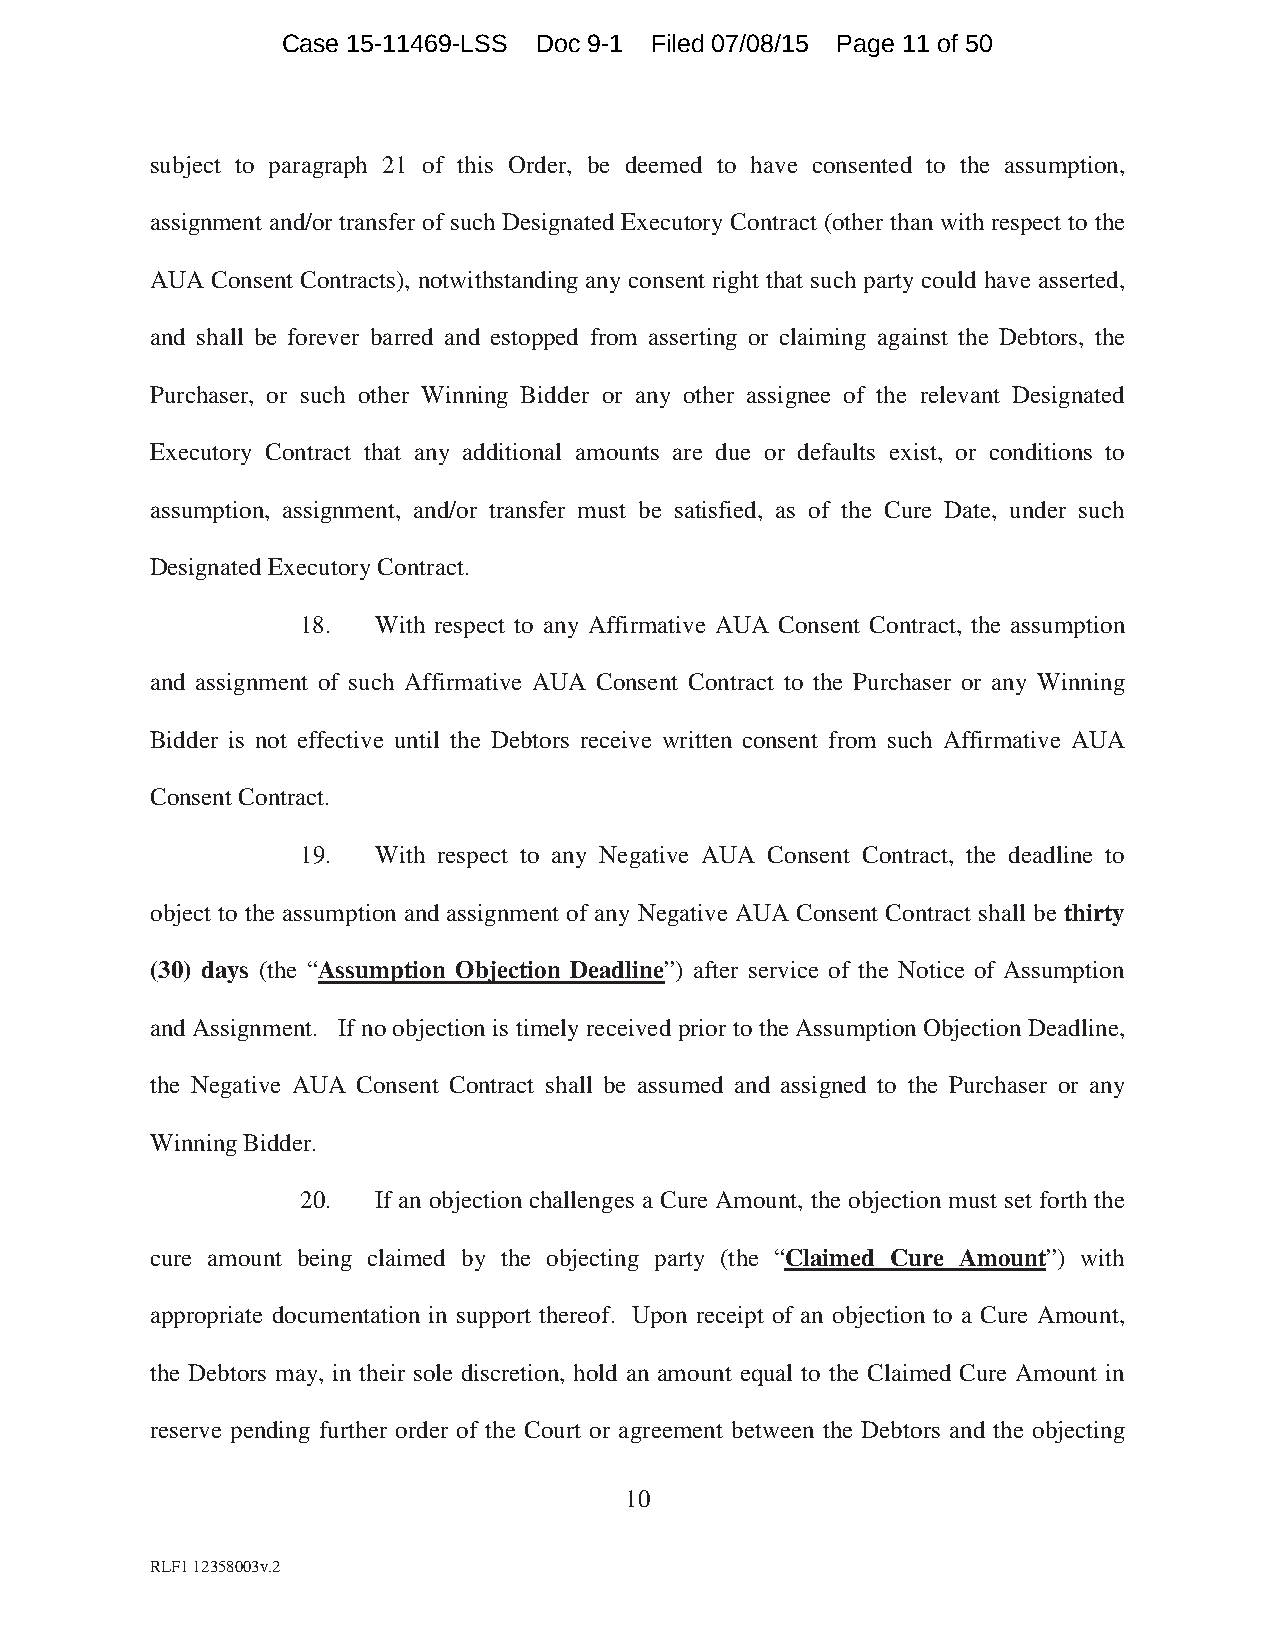
Case 15-11469-LSS Doc 9-1 Filed 07/08/15 Page 11 of 50
 subject to paragraph 21 of this Order, be deemed to have consented to the assumption,
 assignment and/or transfer of such Designated Executory Contract (other than with respect to the
 AUA Consent Contracts), notwithstanding any consent right that such party could have asserted,
 and shall be forever barred and estopped from asserting or claiming against the Debtors, the
 Purchaser, or such other Winning Bidder or any other assignee of the relevant Designated
 Executory Contract that any additional amounts are due or defaults exist, or conditions to
 assumption, assignment, and/or transfer must be satisfied, as of the Cure Date, under such
 Designated Executory Contract.
 18.  With respect to any Affirmative AUA Consent Contract, the assumption
 and assignment of such Affirmative AUA Consent Contract to the Purchaser or any Winning
 Bidder is not effective until the Debtors receive written consent from such Affirmative AUA
 Consent Contract.
 19.  With respect to any Negative AUA Consent Contract, the deadline to
 object to the assumption and assignment of any Negative AUA Consent Contract shall be thirty
 (30) days (the “Assumption Objection Deadline”) after service of the Notice of Assumption
 and Assignment. If no objection is timely received prior to the Assumption Objection Deadline,
 the Negative AUA Consent Contract shall be assumed and assigned to the Purchaser or any
 Winning Bidder.
 20.  If an objection challenges a Cure Amount, the objection must set forth the
 cure amount being claimed by the objecting party (the “Claimed Cure Amount”) with
 appropriate documentation in support thereof. Upon receipt of an objection to a Cure Amount,
 the Debtors may, in their sole discretion, hold an amount equal to the Claimed Cure Amount in
 reserve pending further order of the Court or agreement between the Debtors and the objecting
 10
 RLF1 12358003v.2